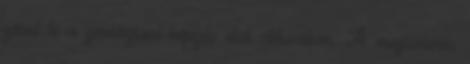
zárul le a gimnáziumi képzés első ciklusában. A megismerés